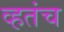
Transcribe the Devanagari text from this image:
व्हतंच